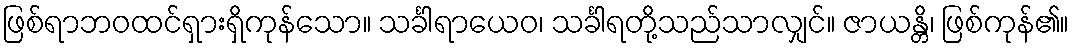
ဖြစ်ရာဘဝထင်ရှားရှိကုန်သော။ သင်္ခါရာယေဝ၊ သင်္ခါရတို့သည်သာလျှင်။ ဇာယန္တိ၊ ဖြစ်ကုန်၏။